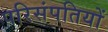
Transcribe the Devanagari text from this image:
परिसंपतियों